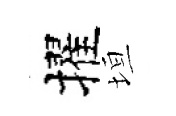
擢垣